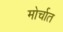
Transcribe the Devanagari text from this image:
मोर्चात